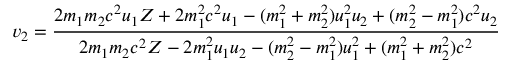
v _ { 2 } = { \frac { 2 m _ { 1 } m _ { 2 } c ^ { 2 } u _ { 1 } Z + 2 m _ { 1 } ^ { 2 } c ^ { 2 } u _ { 1 } - ( m _ { 1 } ^ { 2 } + m _ { 2 } ^ { 2 } ) u _ { 1 } ^ { 2 } u _ { 2 } + ( m _ { 2 } ^ { 2 } - m _ { 1 } ^ { 2 } ) c ^ { 2 } u _ { 2 } } { 2 m _ { 1 } m _ { 2 } c ^ { 2 } Z - 2 m _ { 1 } ^ { 2 } u _ { 1 } u _ { 2 } - ( m _ { 2 } ^ { 2 } - m _ { 1 } ^ { 2 } ) u _ { 1 } ^ { 2 } + ( m _ { 1 } ^ { 2 } + m _ { 2 } ^ { 2 } ) c ^ { 2 } } }